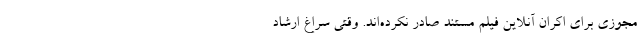
مجوزی برای اکران آنلاین فیلم مستند صادر نکرده‌اند. وقتی سراغ ارشاد